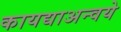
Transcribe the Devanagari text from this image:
कायद्याअन्वये